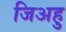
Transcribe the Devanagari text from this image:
जिअहु